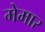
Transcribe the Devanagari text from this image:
मेमार